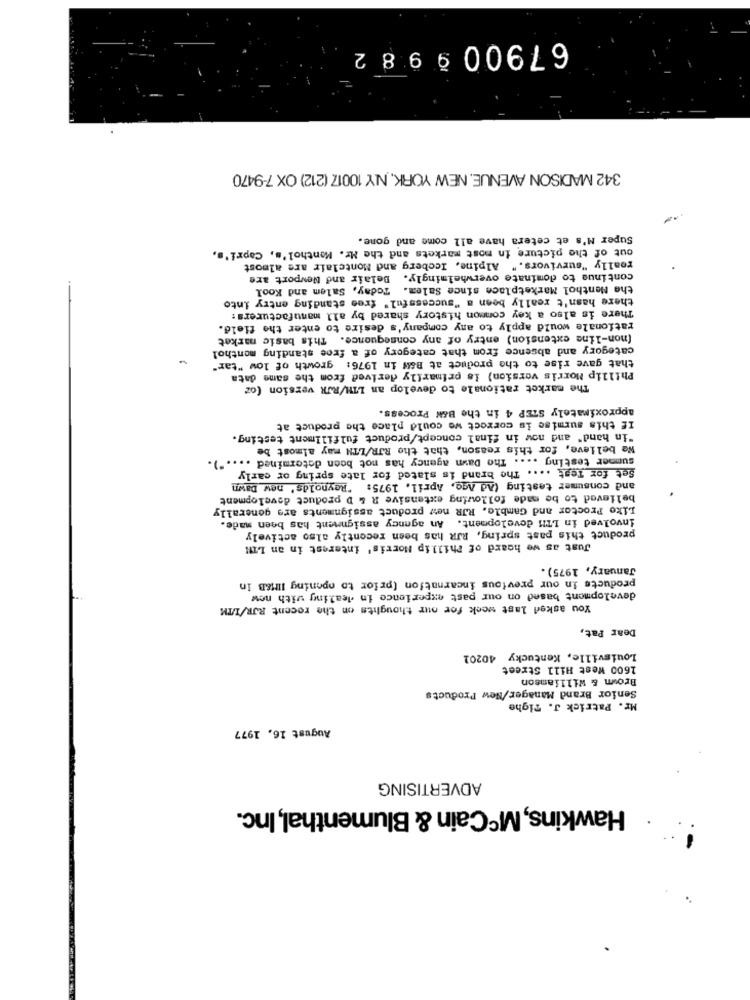
67900 99 82
342 MADISON AVENUE, NEW YORK, NY 10017 (212) OX 7-9470
Super M's et cetera have all come and gone.
out of the picture in most markets and the Mr. Menthol's, Capri's,
really "survivors." Alpine, Iceberg and Montclair are almost
continue to dominate overwhelmingly. Belair and Newport are
the Menthol Marketplace since Salem. Today, Salem and Kool
there hasn't really been a "successful" free standing entry into
There is also a key common history shared by all manufacturers:
rationale would apply to any company's desire to enter the field.
(non-line extension) entry of any consequence. This basic market
category and absence from that category of a free standing monthol
that gave rise to the product at B&W in 1976: growth of low "tar"
Phillip Morris version) is primarily derived from the same data
The market rationale to develop an LIH/RJR version (oz
approximately STEP 4 in the B&N Process.
If this surmise is correct we could place the product at
"in hand" and now in final concept/product fulfillment testing.
We believe, for this reason, that the RJR/LIN may almost be
summer testing .... The Dawn agency has not been determined .... ").
Set for Test .... The brand is slated for late spring or carly
and consumer testing (Ad Ago, April. 1975: "Reynolds' new Dawn
believed to be made following extensive R & D product development
Like Proctor and Gamble. RJR new product assignments are generally
involved in LTH development. An agency assignment has been made.
product this past spring, RJR has been recently also actively
Just as we heard of Phillip Morris' interest in an Lit
January, 1975).
products in our previous incarnation (prior to opening IIM&B in
development based on our past experience in dealing with now
You asked last week for our thoughts on the recent RJR/I/TK
Dear Pat,
Louisville, Kentucky 40201
1600 West Hill Street
Brown & Williamson
Senior Brand Manager/New Products
Mr. Patrick J. Tighe
August 16, 1977
ADVERTISING
Hawkins, McCain & Blumenthal, Inc.